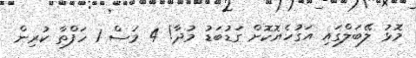
މޮޅު ލޭބަލްގައި އަގުހެޔޮކޮށް ގަޑުބަޑު މުދާ! 4 މަސް 1 ހަފްތާ ކުރިން